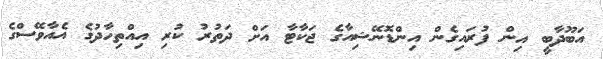
އަބޫދާބީ އިން ފުރައިގެން އިންޑޮނޭޝިއާގެ ޖަކާޓާ އަށް ދަތުރު ކުރި އިއްތިހާދުގެ އެއާވޭސްގެ